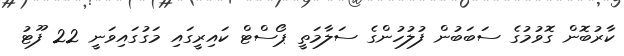
ކާރުބޮން ގޮވުމުގެ ސަބަބުން ފުލުހުންގެ ސަލާމަތީ ޕޯސްޓް ކައިރީގައި މަގުގައިވަނީ 22 ފޫޓު